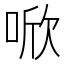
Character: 𪡗